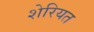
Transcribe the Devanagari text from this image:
शेरियत